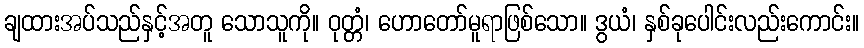
ချထားအပ်သည်နှင့်အတူ သောသူကို။ ဝုတ္တံ၊ ဟောတော်မူရာဖြစ်သော။ ဒွယံ၊ နှစ်ခုပေါင်းလည်းကောင်း။